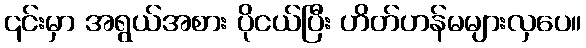
၎င်းမှာ အရွယ်အစား ပိုငယ်ပြီး ဟိတ်ဟန်မများလှပေ။